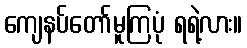
ကျေနပ်တော်မူကြပုံ ရရဲ့လား။